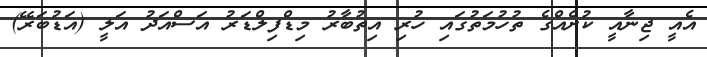
އެއީ ޖިނާއީ ކުށެއްގެ ތުހުމަތުގައި ހުރި އިތުބާރު މިޑްފިލްޑަރު އަސްއަދު އަލީ (އަޑުބަރޭ)